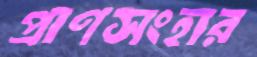
প্রাণসংহার